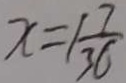
x = 1 \frac { 7 } { 3 6 }